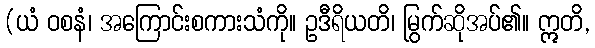
(ယံ ဝစနံ၊ အကြောင်းစကားသံကို။ ဥဒီရိယတိ၊ မြွက်ဆိုအပ်၏။ ဣတိ,